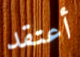
أعتقد